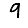
Digit: 9